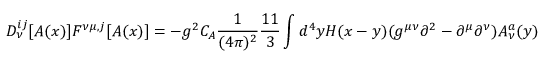
D _ { \nu } ^ { i j } [ A ( x ) ] F ^ { \nu \mu , j } [ A ( x ) ] = - g ^ { 2 } C _ { A } \frac 1 { ( 4 \pi ) ^ { 2 } } \frac { 1 1 } { 3 } \int d ^ { 4 } y H ( x - y ) ( g ^ { \mu \nu } \partial ^ { 2 } - \partial ^ { \mu } \partial ^ { \nu } ) A _ { \nu } ^ { a } ( y )